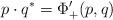
LaTeX: \begin{align*} p\cdot q^* = \Phi_+'(p,q)\end{align*}